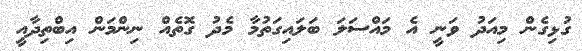
ގުޅިގެން މިއަދު ވަނީ އެ މައްސަލަ ބަލައިގަތުމާ މެދު ގޮތެއް ނިންމަން އިބްތިދާއީ